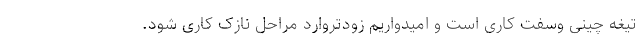
تیغه چینی وسفت کاری است و امیدواریم زودتروارد مراحل نازک کاری شود.